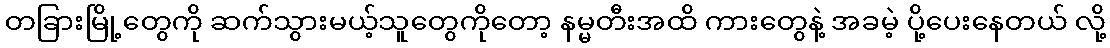
တခြားမြို့တွေကို ဆက်သွားမယ့်သူတွေကိုတော့ နမ္မတီးအထိ ကားတွေနဲ့ အခမဲ့ ပို့ပေးနေတယ် လို့